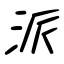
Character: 派